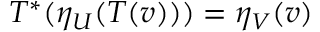
T ^ { * } ( \eta _ { U } ( T ( v ) ) ) = \eta _ { V } ( v )